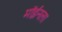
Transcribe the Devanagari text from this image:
मॉईनला